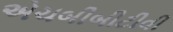
એચબીબીટીવી